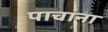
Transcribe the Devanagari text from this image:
पाचांना